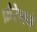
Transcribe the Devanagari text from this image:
फ़ैरेलने